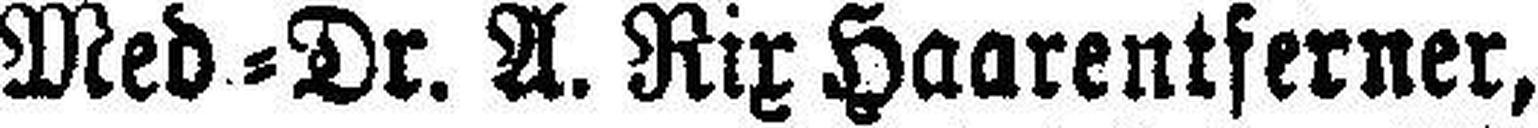
Med=Dr. A. Rix Haarentferner,